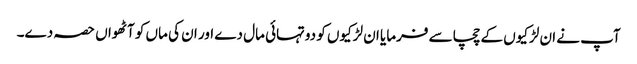
آپ نے ان لڑکیوں کے چچا سے فرمایا ان لڑکیوں کو دوتہائی مال دے اور ان کی ماں کو آٹھواں حصہ دے۔